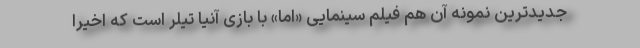
جدیدترین نمونه آن هم فیلم سینمایی «اما» با بازی آنیا تیلر است که اخیرا